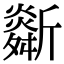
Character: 𣃌